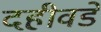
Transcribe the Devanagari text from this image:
दहीवडे